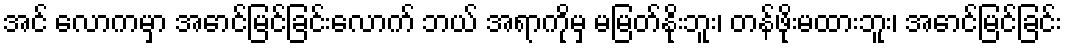
အင် လောကမှာ အောင်မြင်ခြင်းလောက် ဘယ် အရာကိုမှ မမြတ်နိုးဘူး၊ တန်ဖိုးမထားဘူး၊ အောင်မြင်ခြင်း